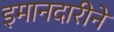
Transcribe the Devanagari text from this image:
इमानदारीने